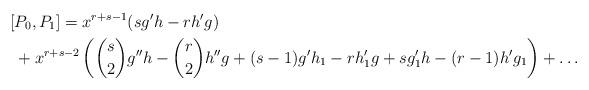
LaTeX: \begin{align*}[&P_0,P_1]=x^{r+s-1}(sg'h-rh'g)\\&+x^{r+s-2}\left(\binom{s}{2}g''h-\binom{r}{2}h''g+(s-1)g'h_1-rh_1'g+sg_1'h-(r-1)h'g_1\right)+\dots\end{align*}